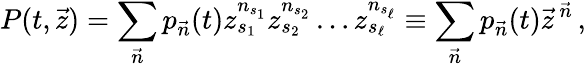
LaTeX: P(t,\vec{z})=\sum_{\vec{n}}p_{\vec{n}}(t)z_{s_{1}}^{n_{s_{1}}}z_{s_{2}}^{n_{s_{2}}}\ldots z_{s_{\ell}}^{n_{s_{\ell}}}\equiv\sum_{\vec{n}}p_{\vec{n}}(t)\vec{z}^{\, \vec{n}}\, ,